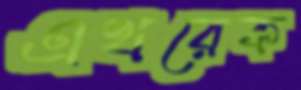
এখরেক